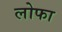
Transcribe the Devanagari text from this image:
लोफा